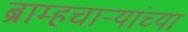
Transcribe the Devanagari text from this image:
ब्राम्हचाऱ्यांच्या